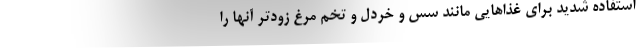
استفاده شدید برای غذاهایی مانند سس و خردل و تخم مرغ زودتر آنها را